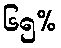
၆၅%